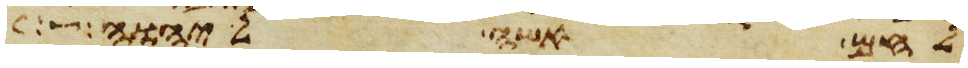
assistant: לחם אשה ליהוה